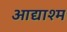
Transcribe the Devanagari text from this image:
आद्याश्म